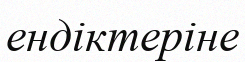
ендіктеріне